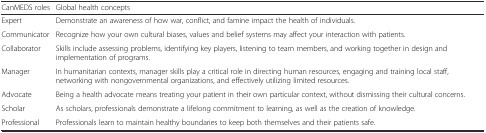
<table><thead><tr><td><b>CanMEDS roles</b></td><td><b>Global health concepts</b></td></tr></thead><tbody><tr><td>Expert</td><td>Demonstrate an awareness of how war, conflict, and famine impact the health of individuals.</td></tr><tr><td>Communicator</td><td>Recognize how your own cultural biases, values and belief systems may affect your interaction with patients.</td></tr><tr><td>Collaborator</td><td>Skills include assessing problems, identifying key players, listening to team members, and working together in design and implementation of programs.</td></tr><tr><td>Manager</td><td>In humanitarian contexts, manager skills play a critical role in directing human resources, engaging and training local staff, networking with nongovernmental organizations, and effectively utilizing limited resources.</td></tr><tr><td>Advocate</td><td>Being a health advocate means treating your patient in their own particular context, without dismissing their cultural concerns.</td></tr><tr><td>Scholar</td><td>As scholars, professionals demonstrate a lifelong commitment to learning, as well as the creation of knowledge.</td></tr><tr><td>Professional</td><td>Professionals learn to maintain healthy boundaries to keep both themselves and their patients safe.</td></tr></tbody></table>